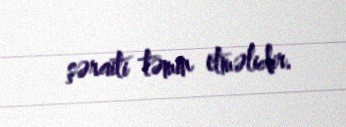
şəraiti təmin etməlidir.